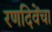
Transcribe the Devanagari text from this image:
रणदिवेंचा